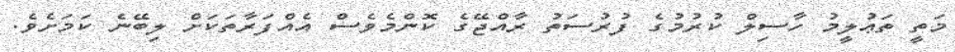
މަތީ ތަޢުލީމު ހާސިލް ކުރުމުގެ ފުރުސަތު ރާއްޖޭގެ ކޮންމެވެސް އެއްފަރާތަކަށް ލިބޭނެ ކަމަށެވެ.